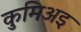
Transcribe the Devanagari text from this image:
कुमिअइ